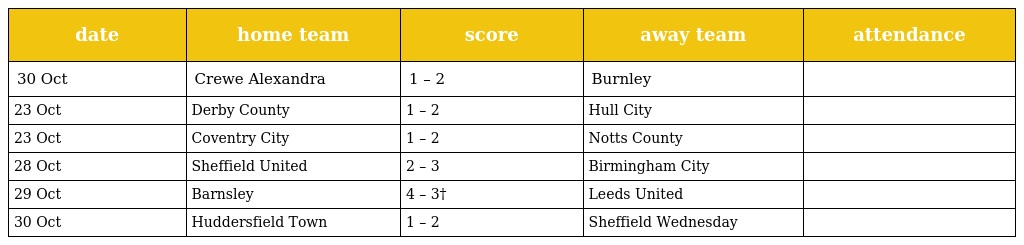
| date | home team | score | away team | attendance |
 | --- | --- | --- | --- | --- |
 | 30 Oct | Crewe Alexandra | 1 – 2 | Burnley |  |
 | 23 Oct | Derby County | 1 – 2 | Hull City |  |
 | 23 Oct | Coventry City | 1 – 2 | Notts County |  |
 | 28 Oct | Sheffield United | 2 – 3 | Birmingham City |  |
 | 29 Oct | Barnsley | 4 – 3† | Leeds United |  |
 | 30 Oct | Huddersfield Town | 1 – 2 | Sheffield Wednesday |  |